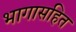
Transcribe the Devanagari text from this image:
भागासहित